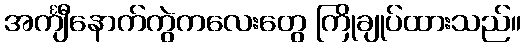
အင်္ကျီနောက်ကွဲကလေးတွေ ကြိုချုပ်ထားသည်။